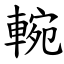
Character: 䡝